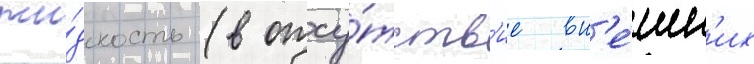
жи́дкость (в отсу́тств'ие вн'е́шн'их